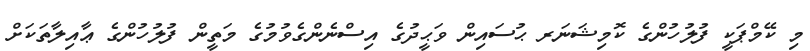
މި ކޭމްޕަކީ ފުލުހުންގެ ކޮމިޝަނަރ ޙުސައިން ވަޙީދުގެ އިސްނެންގެވުމުގެ މަތީން ފުލުހުންގެ ޢާއިލާތަކަށް